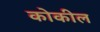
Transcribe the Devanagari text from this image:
कोकील